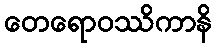
တေရောဝဿိကာနိ